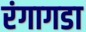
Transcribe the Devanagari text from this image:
रंगागडा